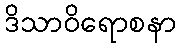
ဒိသာဝိရောစနာ